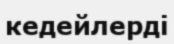
кедейлерді